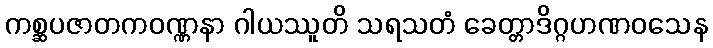
ကစ္ဆပဇာတကဝဏ္ဏနာ ဂါယဿူတိ သရသတံ ခေတ္တာဒိဂ္ဂဟဏဝသေန